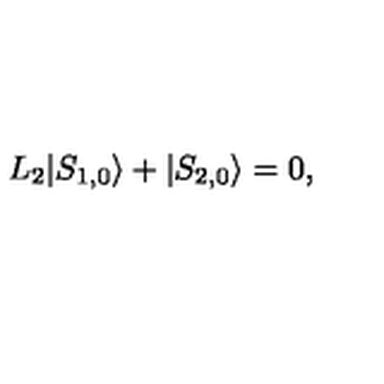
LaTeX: L _ { 2 } | S _ { 1 , 0 } \rangle + | S _ { 2 , 0 } \rangle = 0 ,